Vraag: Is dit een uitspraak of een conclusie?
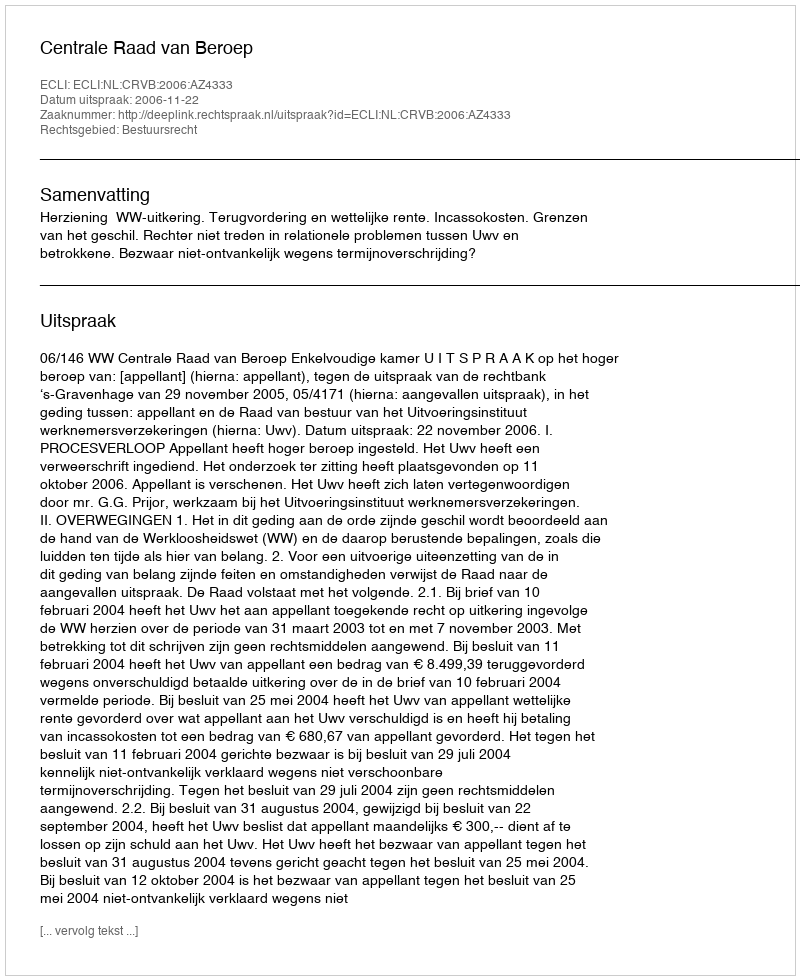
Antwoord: Uitspraak